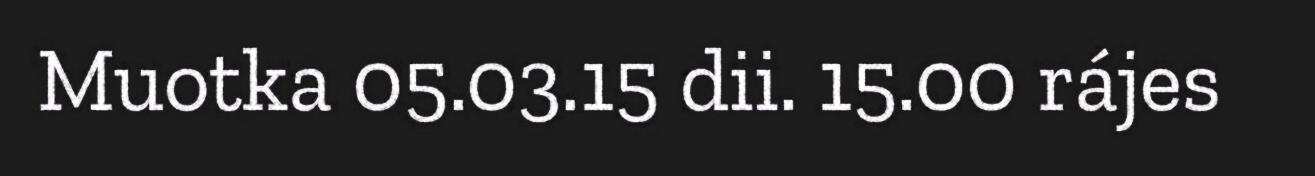
Muotka 05.03.15 dii. 15.00 rájes